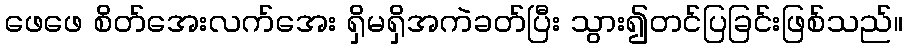
ဖေဖေ စိတ်အေးလက်အေး ရှိမရှိအကဲခတ်ပြီး သွား၍တင်ပြခြင်းဖြစ်သည်။